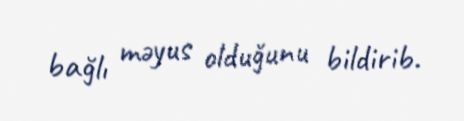
bağlı məyus olduğunu bildirib.